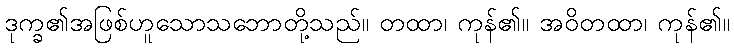
ဒုက္ခ၏အဖြစ်ဟူသောသဘောတို့သည်။ တထာ၊ ကုန်၏။ အဝိတထာ၊ ကုန်၏။